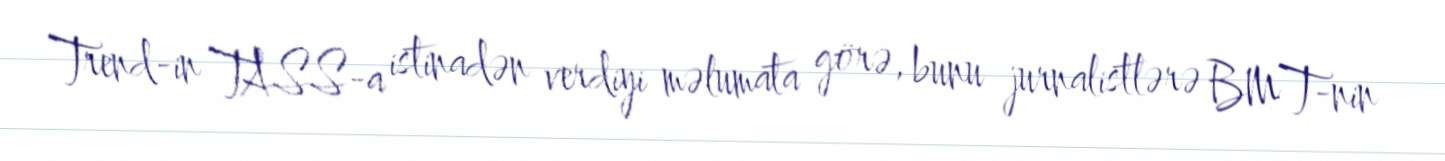
Trend-in TASS-a istinadən verdiyi məlumata görə, bunu jurnalistlərə BMT-nin